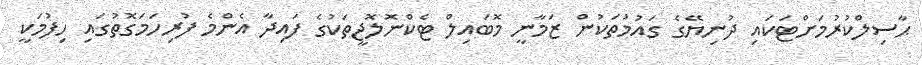
ޙާސިލްކުރުމަށްޓަކައި ދުނިޔޭގެ ގައުމުތަކުން ޒަމާނީ މޮބައިލް ޓެކްނޮލޮޖީތަކުގެ ފައިދާ އެންމެ ފުރިހަމަގޮތުގައި ހިފުމަކީ